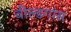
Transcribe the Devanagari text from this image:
वील्डगांस